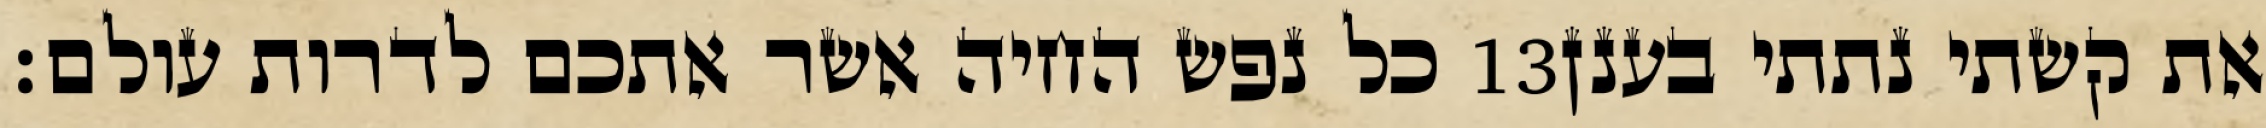
כל נפש החיה אשר אתכם לדרות עולם׃ ‎13‏ את קשתי נתתי בענן